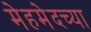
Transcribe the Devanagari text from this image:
मेहमेदच्या